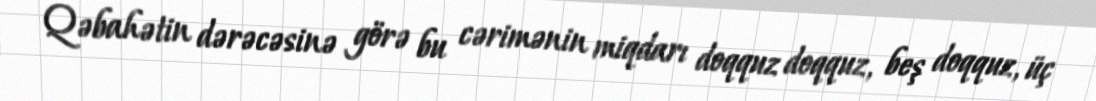
Qəbahətin dərəcəsinə görə bu cərimənin miqdarı doqquz doqquz, beş doqquz, üç